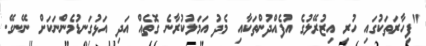
"ފިހާރަތަކުގައި ހުރި އިޒުރޭލުގެ އުފެއްދުންތަކާއި މެދު އަމަލުކުރާނެ ގޮތެއް އަދި އަޅުގަނޑުމެންނަކަށް ނޭނގޭ.